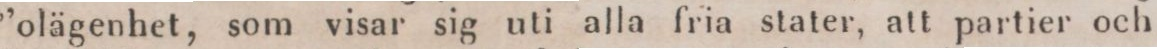
”olägenhet, som visar sig uti alla fria stater, att partier och